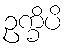
ဥက္ခိပိ